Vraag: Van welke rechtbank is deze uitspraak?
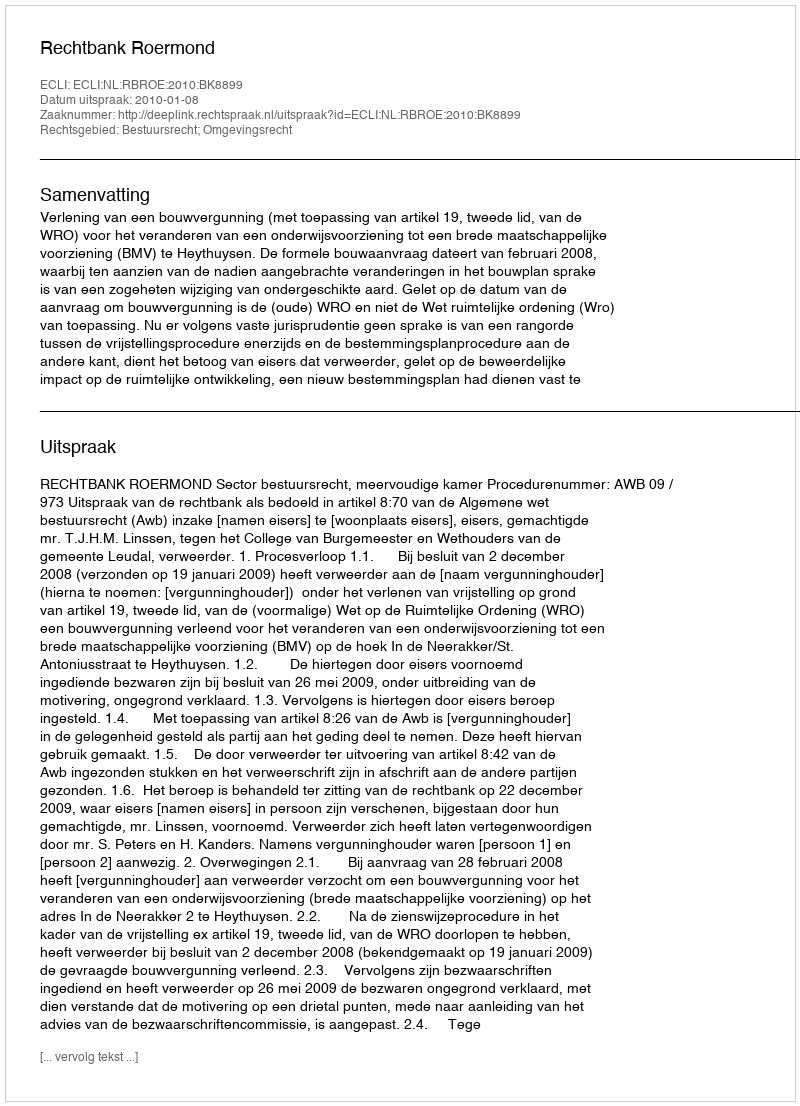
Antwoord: Rechtbank Roermond